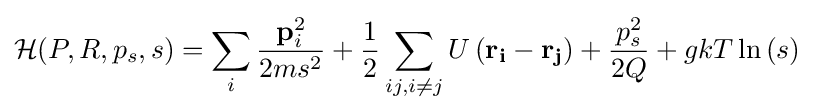
{\mathcal {H}}(P,R,p_{s},s)=\sum _{i}{\frac {\mathbf {p} _{i}^{2}}{2ms^{2}}}+{\frac {1}{2}}\sum _{ij,i\not =j}U\left(\mathbf {r_{i}} -\mathbf {r_{j}} \right)+{\frac {p_{s}^{2}}{2Q}}+gkT\ln \left(s\right)